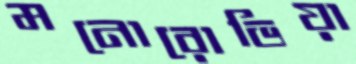
মনোরোভিয়া